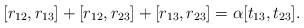
LaTeX: \begin{align*}[r_{12},r_{13}]+[r_{12},r_{23}]+[r_{13},r_{23}]=\alpha[t_{13},t_{23}].\end{align*}